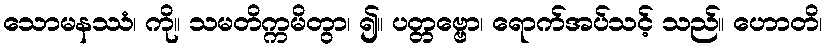
သောမနဿံ၊ ကို။ သမတိက္ကမိတွာ၊ ၍။ ပတ္တဗ္ဗော၊ ရောက်အပ်သင့် သည်။ ဟောတိ၊